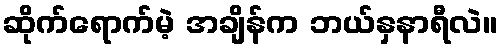
ဆိုက်ရောက်မဲ့ အချိန်က ဘယ်နှနာရီလဲ။